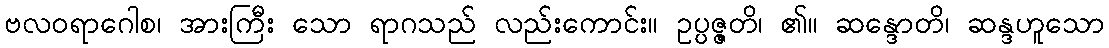
ဗလဝရာဂေါစ၊ အားကြီး သော ရာဂသည် လည်းကောင်း။ ဥပ္ပဇ္ဇတိ၊ ၏။ ဆန္ဒောတိ၊ ဆန္ဒဟူသော